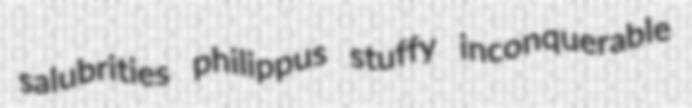
salubrities philippus stuffy inconquerable